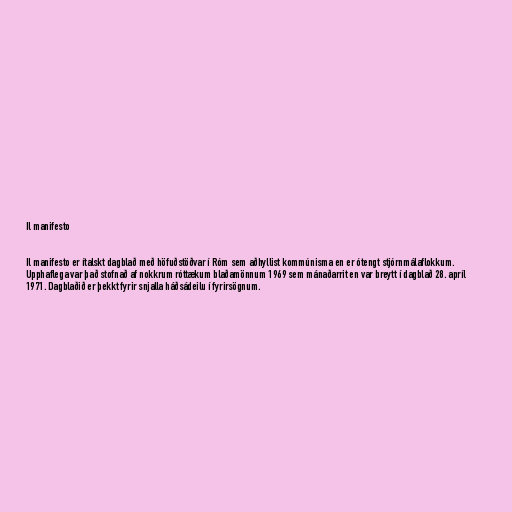
Il manifesto

Il manifesto er ítalskt dagblað með höfuðstöðvar í Róm sem aðhyllist kommúnisma en er ótengt stjórnmálaflokkum.
Upphaflega var það stofnað af nokkrum róttækum blaðamönnum 1969 sem mánaðarrit en var breytt í dagblað 28. apríl
1971. Dagblaðið er þekkt fyrir snjalla háðsádeilu í fyrirsögnum.